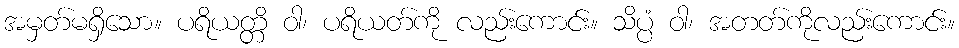
အမှတ်မရှိသော။ ပရိယတ္တိ ဝါ၊ ပရိယတ်ကို လည်းကောင်း။ သိပ္ပံ ဝါ၊ အတတ်ကိုလည်းကောင်း။